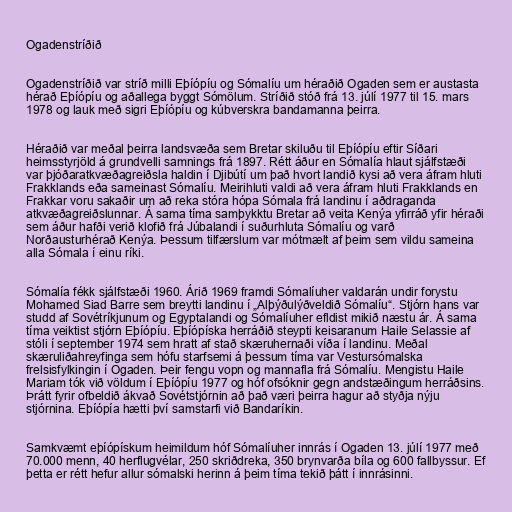
Ogadenstríðið

Ogadenstríðið var stríð milli Eþíópíu og Sómalíu um héraðið Ogaden sem er austasta
hérað Eþíópíu og aðallega byggt Sómölum. Stríðið stóð frá 13. júlí 1977 til 15. mars
1978 og lauk með sigri Eþíópíu og kúbverskra bandamanna þeirra.

Héraðið var meðal þeirra landsvæða sem Bretar skiluðu til Eþíópíu eftir Síðari
heimsstyrjöld á grundvelli samnings frá 1897. Rétt áður en Sómalía hlaut sjálfstæði
var þjóðaratkvæðagreiðsla haldin í Djibútí um það hvort landið kysi að vera áfram hluti
Frakklands eða sameinast Sómalíu. Meirihluti valdi að vera áfram hluti Frakklands en
Frakkar voru sakaðir um að reka stóra hópa Sómala frá landinu í aðdraganda
atkvæðagreiðslunnar. Á sama tíma samþykktu Bretar að veita Kenýa yfirráð yfir héraði
sem áður hafði verið klofið frá Júbalandi í suðurhluta Sómalíu og varð
Norðausturhérað Kenýa. Þessum tilfærslum var mótmælt af þeim sem vildu sameina
alla Sómala í einu ríki.

Sómalía fékk sjálfstæði 1960. Árið 1969 framdi Sómalíuher valdarán undir forystu
Mohamed Siad Barre sem breytti landinu í „Alþýðulýðveldið Sómalíu“. Stjórn hans var
studd af Sovétríkjunum og Egyptalandi og Sómalíuher efldist mikið næstu ár. Á sama
tíma veiktist stjórn Eþíópíu. Eþíópíska herráðið steypti keisaranum Haile Selassie af
stóli í september 1974 sem hratt af stað skæruhernaði víða í landinu. Meðal
skæruliðahreyfinga sem hófu starfsemi á þessum tíma var Vestursómalska
frelsisfylkingin í Ogaden. Þeir fengu vopn og mannafla frá Sómalíu. Mengistu Haile
Mariam tók við völdum í Eþíópíu 1977 og hóf ofsóknir gegn andstæðingum herráðsins.
Þrátt fyrir ofbeldið ákvað Sovétstjórnin að það væri þeirra hagur að styðja nýju
stjórnina. Eþíópía hætti því samstarfi við Bandaríkin.

Samkvæmt eþíópískum heimildum hóf Sómalíuher innrás í Ogaden 13. júlí 1977 með
70.000 menn, 40 herflugvélar, 250 skriðdreka, 350 brynvarða bíla og 600 fallbyssur. Ef
þetta er rétt hefur allur sómalski herinn á þeim tíma tekið þátt í innrásinni.